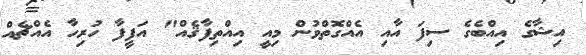
އިޝާގެ އިއްބެގެ ސިފަ އާއި އެއްގޮތްވުން މިއީ އިއްތިފާޤެއް" އަފީފާ ހުރިހާ އެއްޗެއް